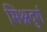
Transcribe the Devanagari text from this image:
मिश्रदुर्ग